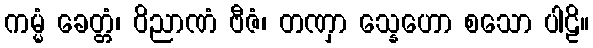
ကမ္မံ ခေတ္တံ၊ ဝိညာဏံ ဗီဇံ၊ တဏှာ သ္နေဟော စသော ပါဠိ။